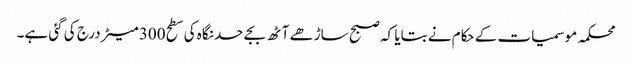
محکمہ موسمیات کے حکام نے بتایا کہ صبح ساڑھے آٹھ بجے حد نگاہ کی سطح 300 میٹر درج کی گئی ہے۔